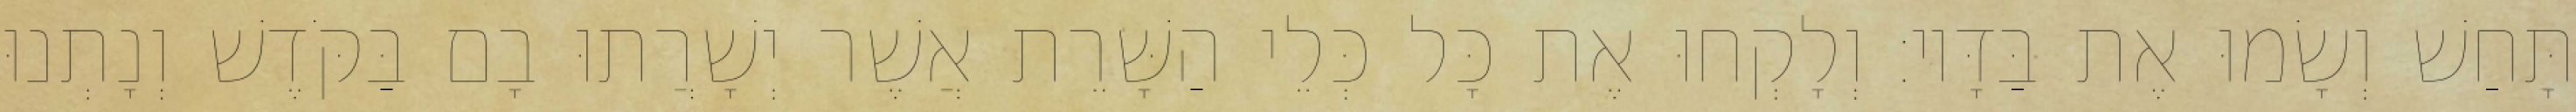
תָּחַשׁ וְשָׂמוּ אֶת בַּדָּיו׃ וְלָקְחוּ אֶת כָּל כְּלֵי הַשָּׁרֵת אֲשֶׁר יְשָׁרֲתוּ בָם בַּקֹּדֶשׁ וְנָתְנוּ